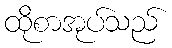
ထိုစာအုပ်သည်